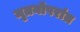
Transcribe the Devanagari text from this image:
मृतयोपरांत